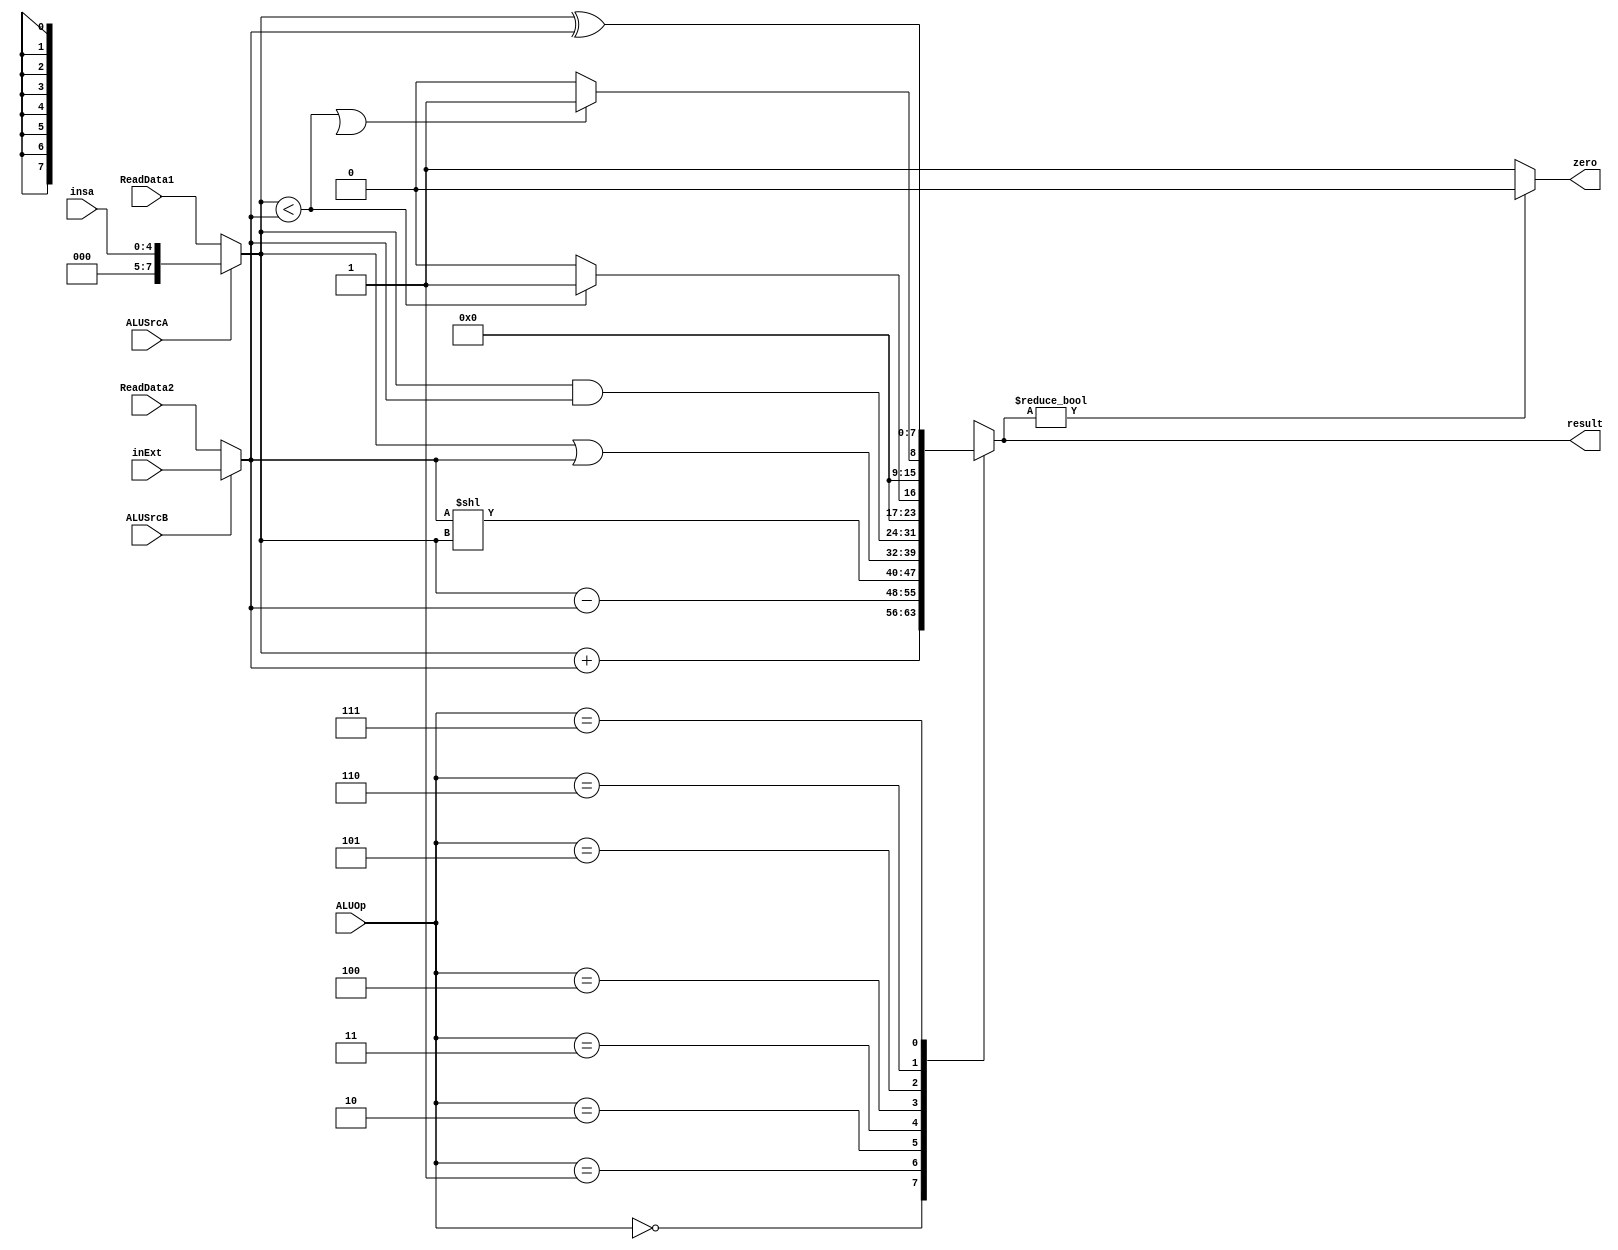
`timescale 1ns / 1ps
//////////////////////////////////////////////////////////////////////////////////
// Company: 
// Engineer: 
// 
// Design Name: 
// Module Name: ALU
// Project Name: 
// Target Devices: 
// Tool Versions: 
// Description: 
// 
// Dependencies: 
// 
// Revision:
// Revision 0.01 - File Created
// Additional Comments:
// 
//////////////////////////////////////////////////////////////////////////////////


`timescale 1ns / 1ps  
  
module ALU(
    input [7:0] ReadData1, 
    input [7:0] ReadData2,
    input [7:0] inExt,
    input [4:0] insa,
    input ALUSrcA, ALUSrcB,
    input [2:0] ALUOp,
    output zero,
    output reg [7:0] result
    ); 
    // 
    wire [7:0] A;
    wire [7:0] B;

    // ALU
    assign A = ALUSrcA ? insa: ReadData1;
    assign B = ALUSrcB ? inExt: ReadData2;
    assign zero = result ? 0 : 1;
    always @(ReadData1 or ReadData2 or inExt or ALUSrcA or ALUSrcB or ALUOp or A or B) begin
        case(ALUOp)
            3'b000: result = A + B;
            3'b001: result = A - B;
            3'b010: result = B << A;
            3'b011: result = A | B;
            3'b100: result = A & B;
            3'b101: result = (A < B) ? 1: 0;
            3'b110: result = (((A < B) && (A[31] == B[31])) || (A[31] == 1 && B[31] == 0)) ? 1 : 0;
            3'b111: result = A ^ B;
        endcase
    end
endmodule